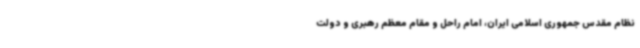
نظام مقدس جمهوری اسلامی ایران، امام راحل و مقام معظم رهبری و دولت